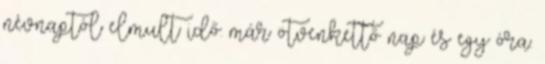
névnaptól elmult idő: már ötvenkettő nap és egy óra.